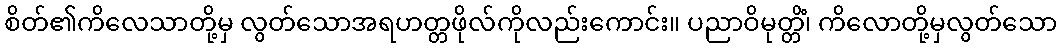
စိတ်၏ကိလေသာတို့မှ လွတ်သောအရဟတ္တဖိုလ်ကိုလည်းကောင်း။ ပညာဝိမုတ္တိံ၊ ကိလောတို့မှလွတ်သော